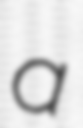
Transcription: a